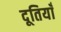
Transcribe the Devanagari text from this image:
दूतियाँ